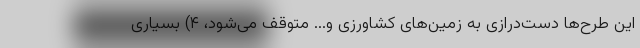
این طرح‌ها دست‌درازی به زمین‌های کشاورزی و... متوقف می‌شود، ۴) بسیاری